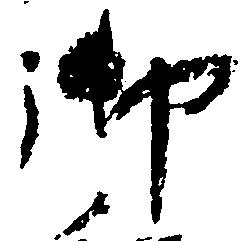
御